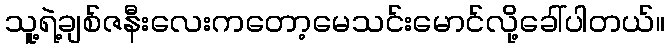
သူ့ရဲ့ချစ်ဇနီးလေးကတော့မေသင်းမောင်လို့ခေါ်ပါတယ်။